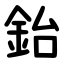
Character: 鈶